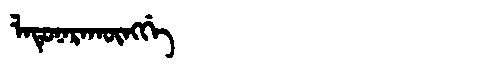
Manchu: ᠯᠠᡨᡠᠨᠠᡵᠠᡴᡡᠩᡤᡝ
Romanization: LATUNARAKŪNGGE